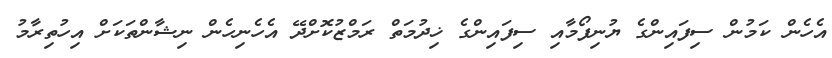
އެހެން ކަމުން ސިފައިންގެ ޔުނިފޯމާއި ސިފައިންގެ ޚިދުމަތް ރަމްޒުކޮށްދޭ އެހެނިހެން ނިޝާންތަކަށް އިހުތިރާމު